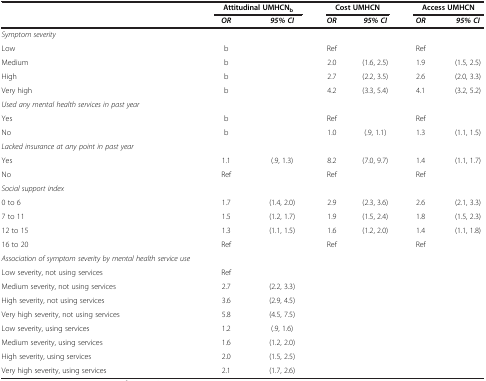
<table><thead><tr><td><b> </b></td><td colspan="2"><b>Attitudinal UMHCN<sub>b</sub></b></td><td colspan="2"><b>Cost UMHCN</b></td><td colspan="2"><b>Access UMHCN</b></td></tr><tr><td><b> </b></td><td><b><i>OR</i></b></td><td><b><i>95% CI</i></b></td><td><b><i>OR</i></b></td><td><b><i>95% CI</i></b></td><td><b><i>OR</i></b></td><td><b><i>95% CI</i></b></td></tr></thead><tbody><tr><td><i>Symptom severity</i></td><td> </td><td> </td><td> </td><td> </td><td> </td><td> </td></tr><tr><td>Low</td><td>b</td><td> </td><td>Ref</td><td> </td><td>Ref</td><td> </td></tr><tr><td>Medium</td><td>b</td><td> </td><td>2.0</td><td>(1.6, 2.5)</td><td>1.9</td><td>(1.5, 2.5)</td></tr><tr><td>High</td><td>b</td><td> </td><td>2.7</td><td>(2.2, 3.5)</td><td>2.6</td><td>(2.0, 3.3)</td></tr><tr><td>Very high</td><td>b</td><td> </td><td>4.2</td><td>(3.3, 5.4)</td><td>4.1</td><td>(3.2, 5.2)</td></tr><tr><td><i>Used any mental health services in past year</i></td><td> </td><td> </td><td> </td><td> </td><td> </td><td> </td></tr><tr><td>Yes</td><td>b</td><td> </td><td>Ref</td><td> </td><td>Ref</td><td> </td></tr><tr><td>No</td><td>b</td><td> </td><td>1.0</td><td>(.9, 1.1)</td><td>1.3</td><td>(1.1, 1.5)</td></tr><tr><td><i>Lacked insurance at any point in past year</i></td><td> </td><td> </td><td> </td><td> </td><td> </td><td> </td></tr><tr><td>Yes</td><td>1.1</td><td>(.9, 1.3)</td><td>8.2</td><td>(7.0, 9.7)</td><td>1.4</td><td>(1.1, 1.7)</td></tr><tr><td>No</td><td>Ref</td><td> </td><td>Ref</td><td> </td><td>Ref</td><td> </td></tr><tr><td><i>Social support index</i></td><td> </td><td> </td><td> </td><td> </td><td> </td><td> </td></tr><tr><td>0 to 6</td><td>1.7</td><td>(1.4, 2.0)</td><td>2.9</td><td>(2.3, 3.6)</td><td>2.6</td><td>(2.1, 3.3)</td></tr><tr><td>7 to 11</td><td>1.5</td><td>(1.2, 1.7)</td><td>1.9</td><td>(1.5, 2.4)</td><td>1.8</td><td>(1.5, 2.3)</td></tr><tr><td>12 to 15</td><td>1.3</td><td>(1.1, 1.5)</td><td>1.6</td><td>(1.2, 2.0)</td><td>1.4</td><td>(1.1, 1.8)</td></tr><tr><td>16 to 20</td><td>Ref</td><td> </td><td>Ref</td><td> </td><td>Ref</td><td> </td></tr><tr><td><i>Association of symptom severity by mental health service use</i></td><td> </td><td> </td><td> </td><td> </td><td> </td><td> </td></tr><tr><td>Low severity, not using services</td><td>Ref</td><td> </td><td> </td><td> </td><td> </td><td> </td></tr><tr><td>Medium severity, not using services</td><td>2.7</td><td>(2.2, 3.3)</td><td> </td><td> </td><td> </td><td> </td></tr><tr><td>High severity, not using services</td><td>3.6</td><td>(2.9, 4.5)</td><td> </td><td> </td><td> </td><td> </td></tr><tr><td>Very high severity, not using services</td><td>5.8</td><td>(4.5, 7.5)</td><td> </td><td> </td><td> </td><td> </td></tr><tr><td>Low severity, using services</td><td>1.2</td><td>(.9, 1.6)</td><td> </td><td> </td><td> </td><td> </td></tr><tr><td>Medium severity, using services</td><td>1.6</td><td>(1.2, 2.0)</td><td> </td><td> </td><td> </td><td> </td></tr><tr><td>High severity, using services</td><td>2.0</td><td>(1.5, 2.5)</td><td> </td><td> </td><td> </td><td> </td></tr><tr><td>Very high severity, using services</td><td>2.1</td><td>(1.7, 2.6)</td><td> </td><td> </td><td> </td><td> </td></tr></tbody></table>